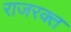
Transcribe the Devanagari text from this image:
राजरक्त